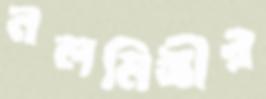
নলমিস্ত্রীর